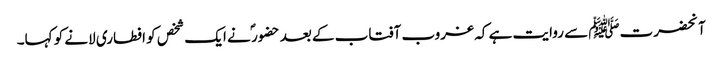
آنحضرتﷺ سے روایت ہے کہ غروب آفتاب کے بعد حضور ؐ نے ایک شخص کو افطاری لانے کو کہا۔